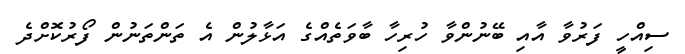
ސިއްހީ ފަރުވާ އާއި ބޭނުންވާ ހުރިހާ ބާވަތެއްގެ އަޅާލުން އެ ތަންތަނުން ފޯރުކޮށްދެ